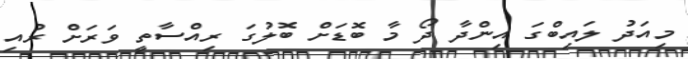
މިއަދު ލައިބްގަ އިންދާ ދޯ މާ ބޮޑަށް ބޮލުގަ ރިއްސާތީ ވަރަށް ރުއި